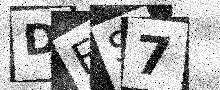
Text: DFS7